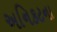
અનિકટના